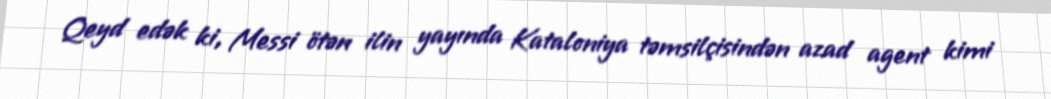
Qeyd edək ki, Messi ötən ilin yayında Kataloniya təmsilçisindən azad agent kimi